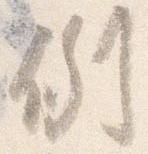
例